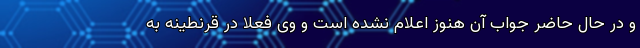
و‌ در حال حاضر جواب آن هنوز اعلام نشده است و وی فعلا در قرنطینه به